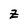
Character: z